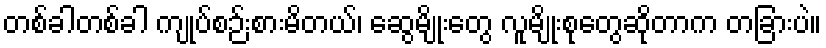
တစ်ခါတစ်ခါ ကျုပ်စဉ်းစားမိတယ်၊ ဆွေမျိုးတွေ လူမျိုးစုတွေဆိုတာက တခြားပဲ။